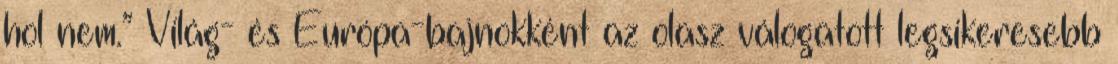
hol nem.” Világ- és Európa-bajnokként az olasz válogatott legsikeresebb